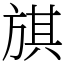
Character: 𣄃